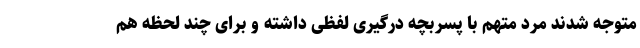
متوجه شدند مرد متهم با پسربچه درگیری لفظی داشته و برای چند لحظه هم